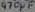
Text: 470µF